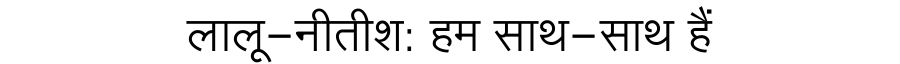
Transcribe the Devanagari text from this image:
लालू-नीतीश: हम साथ-साथ हैं